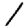
Digit: 1